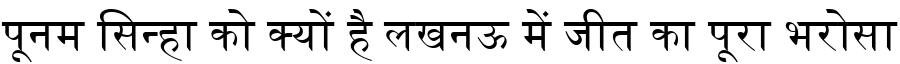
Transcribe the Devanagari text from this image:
पूनम सिन्हा को क्यों है लखनऊ में जीत का पूरा भरोसा